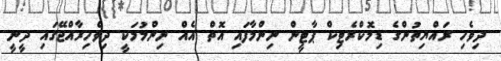
ދިވެހި ރައްޔިތުންގެ ޑިމޮކްރެޓިކް ޕާޓީން ނިންމާފައި އޮތް އެއް ނިންމުމަކީ ދިވެހިރާއްޖޭގައި ދީނީ